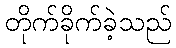
တိုက်ခိုက်ခဲ့သည်